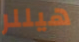
هيللر